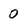
Character: 0